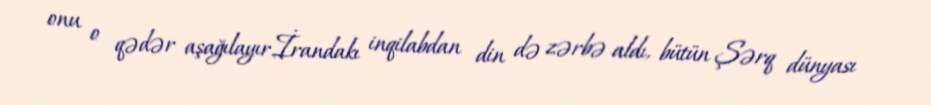
onu o qədər aşağılayır.İrandakı inqilabdan din də zərbə aldı, bütün Şərq dünyası